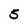
Character: 5